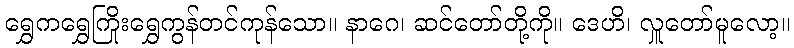
ရွှေကရွှေကြိုးရွှေကွန်တင်ကုန်သော။ နာဂေ၊ ဆင်တော်တို့ကို။ ဒေဟိ၊ လှူတော်မူလော့။